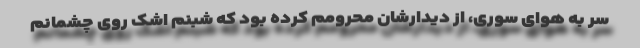
سر به هوای سوری، از دیدارشان محرومم کرده بود که شبنم اشک روی چشمانم